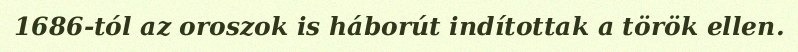
1686-tól az oroszok is háborút indítottak a török ellen.